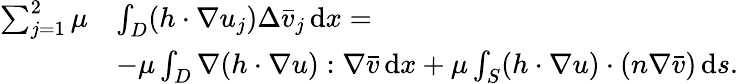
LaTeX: \begin{array}{rl}{\sum_{j=1}^{2}\mu}&{\int_{D}(h\cdot\nabla u_{j})\Delta\bar{v}_{j}\, \mathrm{d}x=}\\ &{-\mu\int_{D}\nabla(h\cdot\nabla u):\nabla\bar{v}\, \mathrm{d}x+\mu\int_{S}(h\cdot\nabla u)\cdot(n\nabla\bar{v})\, \mathrm{d}s.}\end{array}